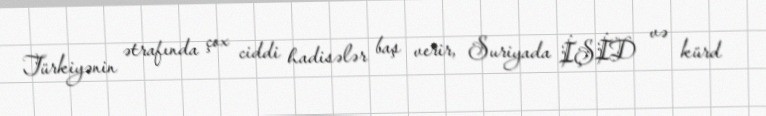
Türkiyənin ətrafında çox ciddi hadisələr baş verir, Suriyada İŞİD və kürd